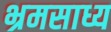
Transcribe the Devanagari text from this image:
भ्रमसाध्य